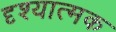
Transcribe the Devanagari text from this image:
दृश्‍यात्मक